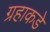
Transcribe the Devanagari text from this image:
ग्रहाकडे